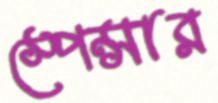
স্পেন্সার